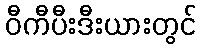
ဝီကီပီးဒီးယားတွင်